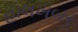
હાલખબર